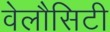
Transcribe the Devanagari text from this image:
वेलौसिटी